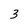
Character: 3